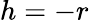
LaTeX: h=-r